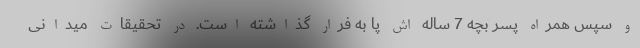
و سپس همراه پسر بچه 7 ساله اش پا به فرار گذاشته است. در تحقیقات میدانی